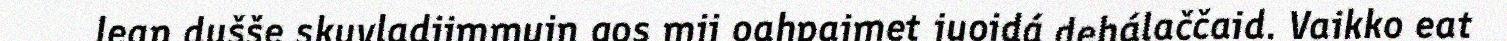
lean dušše skuvladiimmuin gos mii oahpaimet juoidá dehálaččaid. Vaikko eat